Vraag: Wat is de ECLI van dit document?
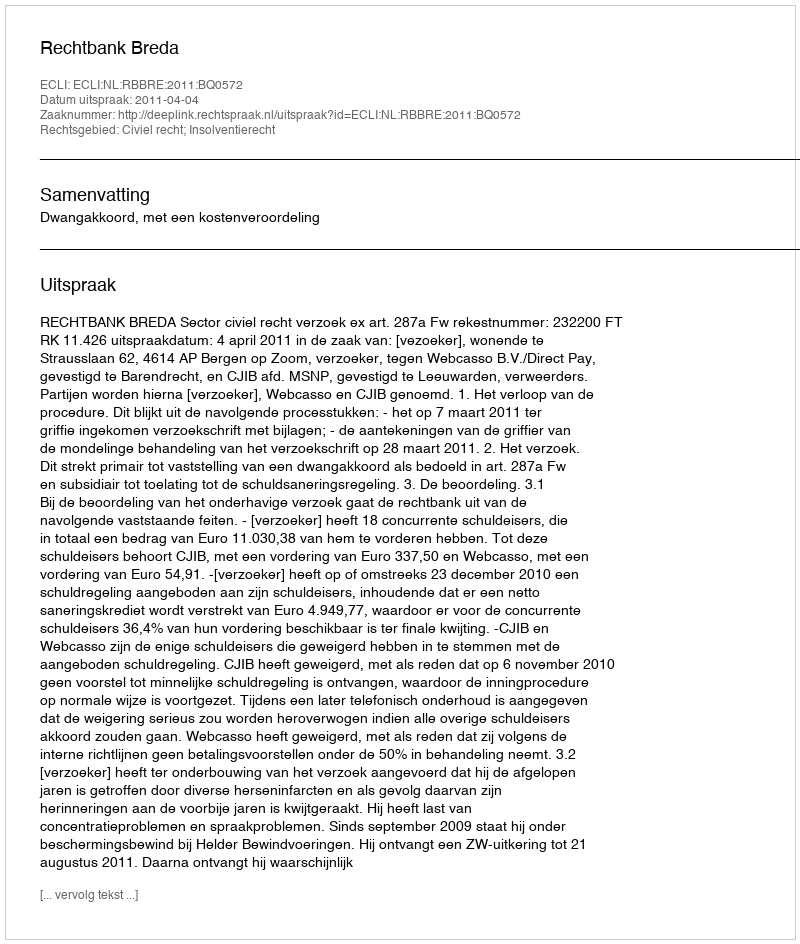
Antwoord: ECLI:NL:RBBRE:2011:BQ0572